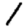
Digit: 1